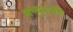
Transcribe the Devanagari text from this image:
अभ्युपपत्ति